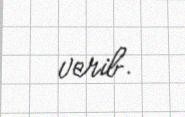
verib.